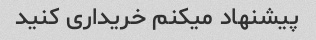
پیشنهاد میکنم خریداری کنید